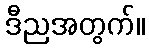
ဒီညအတွက်။